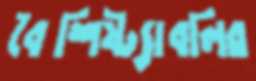
বৈশিষ্ট্যাবলির